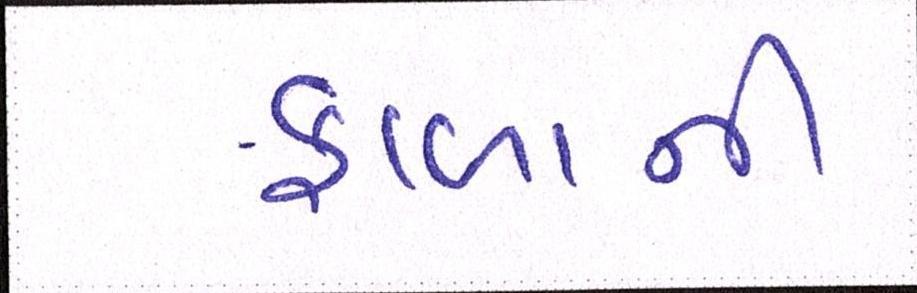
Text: ફાળાની